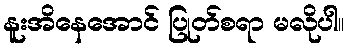
နူးအိနေအောင် ပြုတ်စရာ မလိုပါ။